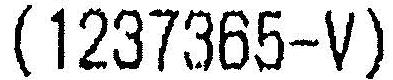
(1237365-V)